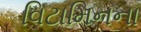
વિટામિનના